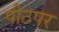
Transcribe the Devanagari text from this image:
पीठपर